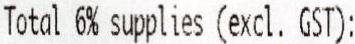
TOTAL 6% SUPPLIES (EXCL. GST):